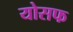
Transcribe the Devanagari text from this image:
योसफ